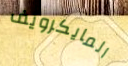
المايكرويف